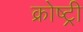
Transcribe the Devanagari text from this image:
क्रोष्ट्री